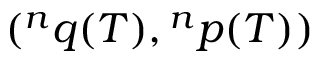
( { } ^ { n } q ( T ) , { } ^ { n } p ( T ) )